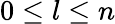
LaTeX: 0\le l\le n